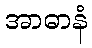
အာဓာနံ